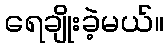
ရေချိုးခဲ့မယ်။